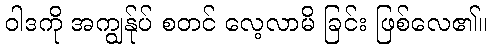
ဝါဒကို အကျွန်ုပ် စတင် လေ့လာမိ ခြင်း ဖြစ်လေ၏။